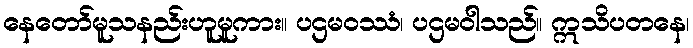
နေတော်မူသနည်းဟူမူကား။ ပဌမဝဿံ၊ ပဌမဝါသည်။ ဣသိပတနေ၊